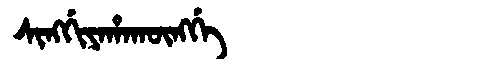
Manchu: ᠰᡳᠩᡤᡳᠶᠠᡥᠠᡴᡡᠩᡤᡝ
Romanization: SINGGIYAHAKŪNGGE